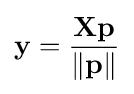
\mathbf {y} ={\frac {\mathbf {X} \mathbf {p} }{\Vert \mathbf {p} \Vert }}